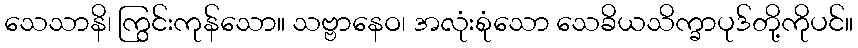
သေသာနိ၊ ကြွင်းကုန်သော။ သဗ္ဗာနေဝ၊ အလုံးစုံသော သေခိယသိက္ခာပုဒ်တို့ကိုပင်။